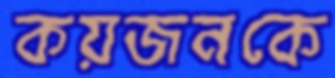
কয়জনকে